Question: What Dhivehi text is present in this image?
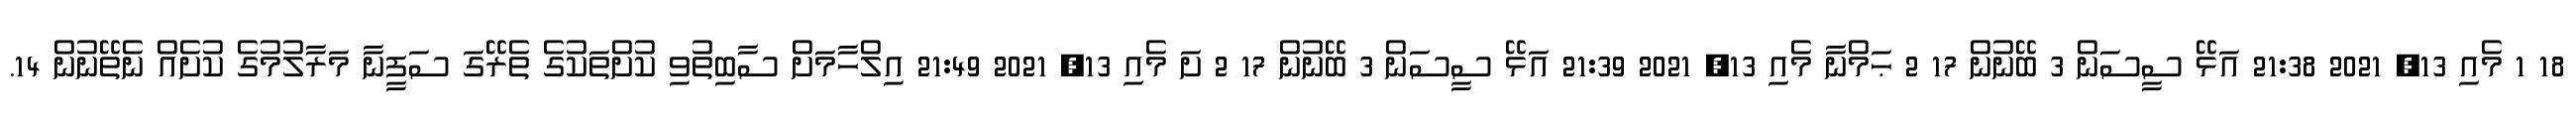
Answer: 18 1 މެއި 13, 2021 21:38 އަޅޭ ސީސަން 3 ބޭނުން 17 2 ޙަމްނާ މެއި 13, 2021 21:39 އަޅޭ ސީސަން 3 ބޭނުން 17 2 ށަ މެއި 13, 2021 21:49 އިލްހާމަށް ސާބިތުވި ކުށްތަކުގެ ތެރޭގަ ސަފީނާ މަރާލުމުގެ ކުށެއް ނެތޭނުން 14.